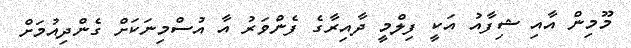
މޫމިން އާއި ޝިފާއު އަކީ ފިލްމީ ދާއިރާގެ ފެންވަރު އާ އުސްމިނަކަށް ގެންދިއުމަށް